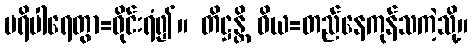
ပရိပါရေတွာ=ဝိုင်းရံ၍။ တိဋ္ဌန္တိ ဝိယ=တည်နေကုန်သကဲ့သို့။